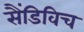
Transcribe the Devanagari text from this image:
सैंडिविच